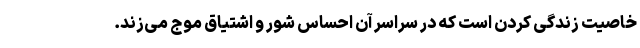
خاصیت زندگی کردن است که در سراسر آن احساس شور و اشتیاق موج می‌زند.